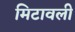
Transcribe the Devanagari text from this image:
मिटावली